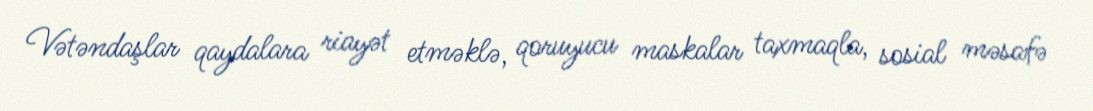
Vətəndaşlar qaydalara riayət etməklə, qoruyucu maskalar taxmaqla, sosial məsafə